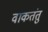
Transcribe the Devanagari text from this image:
वाकतंतु